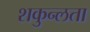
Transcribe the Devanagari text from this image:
शकुन्‍लता